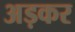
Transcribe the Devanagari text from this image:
अड़कर